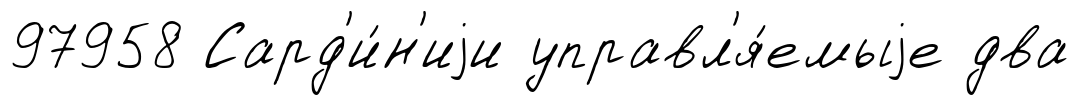
97958 Сард'и́н'иjи управл'я́емыjе два